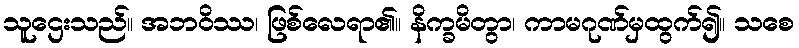
သူဌေးသည်။ အဘဝိဿ၊ ဖြစ်လေရာ၏။ နိက္ခမိတွာ၊ ကာမဂုဏ်မှထွက်၍။ သစေ